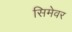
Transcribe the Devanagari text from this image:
सिमेवर